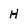
Character: H